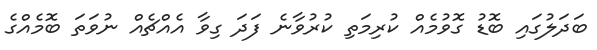
ބަދަލުގައި ބޮޑު ގޮވުމެއް ކުރިމަތި ކުރުވާނެ ފަދަ ގިވާ އެއްޗެއް ނުވަތަ ބޮމެއްގެ